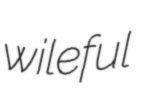
wileful